Report of the Municipal Commissioner on the plague in Bombay for the year ending 31st May... - Volume 2
Disease focus: Plague
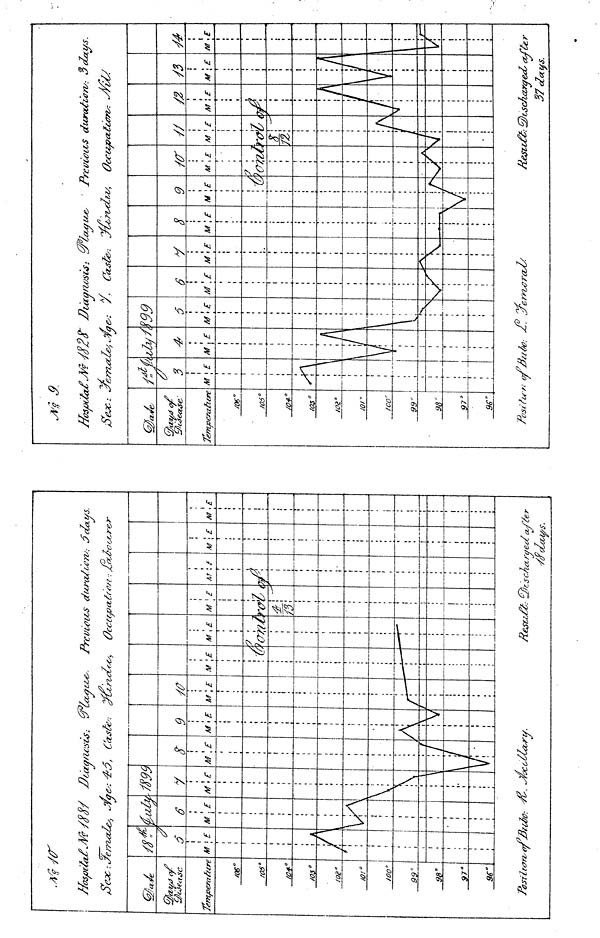
fiasmfod\A/f /o 0/ ZJcaq/ic'scs;
Sex-.WrrhaZes, jtfget^O, Cask
Temperature
/OS"
/OS"
/0+°t
o?'
/OB"
10'°/
00 s \
99'
98°9
7°9
e°*
*.
M
I
4 1
i
1
1
1
,
I
/
1
i
\E
A
A
|
1
1
1
t
: I
6
M
\>
\E
1
•mi
M
\
\
\
y
\ £
\
\
Al
ZOO
\E
f
1
Ccor
M
';
A
y-
9
\ E
\
M
1
\E
——
7
Prcviovos
dura/wn
is,
OcCCljPClf.r/J/? •: sLou
•V
—-i
\E M
7
R
\E
13
1 E
V' i
M
1
f
M
«
1
j E
,r
M
\ct rued aJ"fe r
•/odeXstys.
i
S.
Diaq/wsis:
s,*?/qes: /. Casfe-.
IVevcciis durations.-
/, Occupations:
Post tun of J3/.(&>: /.. lye
37 days.